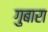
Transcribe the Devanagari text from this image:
गुबारा